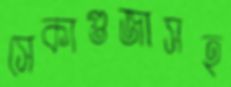
সেকাগুজাসহ